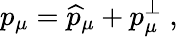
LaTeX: p_{\mu}=\widehat{p}_{\mu}+p_{\mu}^{\bot}\; ,